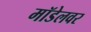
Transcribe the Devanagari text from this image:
मॉडेलवर